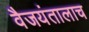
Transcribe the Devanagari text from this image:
वैजयंतालाच